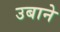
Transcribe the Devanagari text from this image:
उबाने